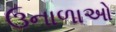
ઉનાળાઓ